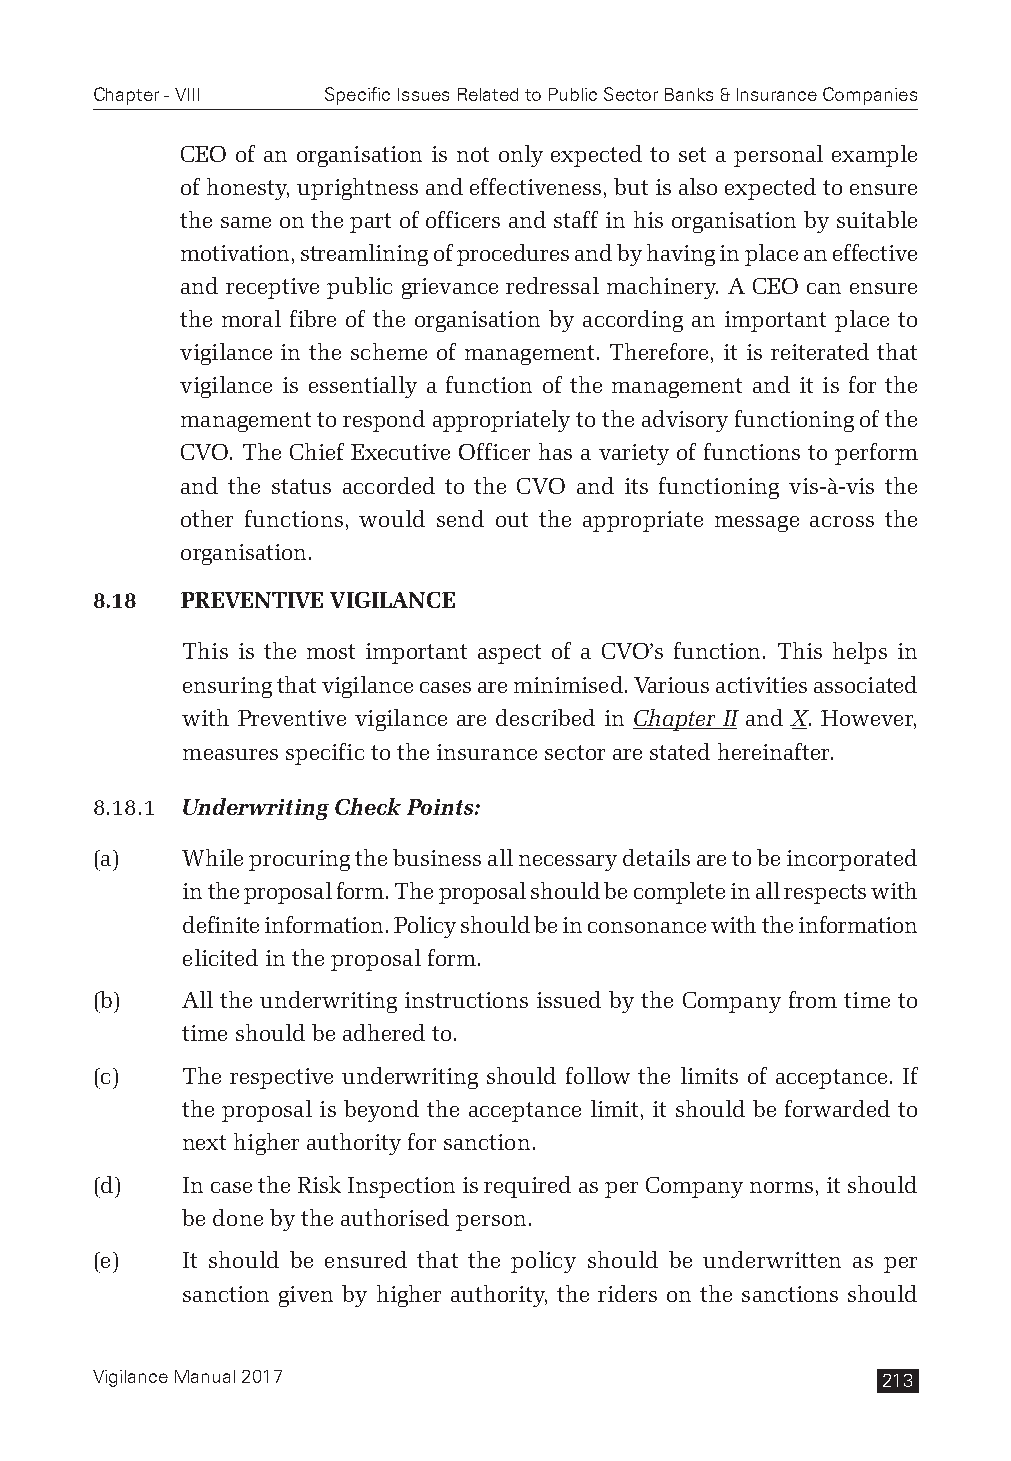
Chapter - VIII Specific Issues Related to Public Sector Banks & Insurance Companies
 CEO of an organisation is not only expected to set a personal example
 of honesty, uprightness and effectiveness, but is also expected to ensure
 the same on the part of officers and staff in his organisation by suitable
 motivation, streamlining of procedures and by having in place an effective
 and receptive public grievance redressal machinery. A CEO can ensure
 the moral fibre of the organisation by according an important place to
 vigilance in the scheme of management. Therefore, it is reiterated that
 vigilance is essentially a function of the management and it is for the
 management to respond appropriately to the advisory functioning of the
 CVO. The Chief Executive Officer has a variety of functions to perform
 and the status accorded to the CVO and its functioning vis-à-vis the
 other functions, would send out the appropriate message across the
 organisation.
 8.18  PREVENTIVE VIGILANCE
 This is the most important aspect of a CVO’s function. This helps in
 ensuring that vigilance cases are minimised. Various activities associated
 with Preventive vigilance are described in Chapter II and X. However,
 measures specific to the insurance sector are stated hereinafter.
 8.18.1 Underwriting Check Points:
 (a)   While procuring the business all necessary details are to be incorporated
 in the proposal form. The proposal should be complete in all respects with
 definite information. Policy should be in consonance with the information
 elicited in the proposal form.
 (b)   All the underwriting instructions issued by the Company from time to
 time should be adhered to.
 (c)   The respective underwriting should follow the limits of acceptance. If
 the proposal is beyond the acceptance limit, it should be forwarded to
 next higher authority for sanction.
 (d)   In case the Risk Inspection is required as per Company norms, it should
 be done by the authorised person.
 (e)   It should be ensured that the policy should be underwritten as per
 sanction given by higher authority, the riders on the sanctions should
 Vigilance Manual 2017                               213